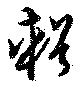
輯